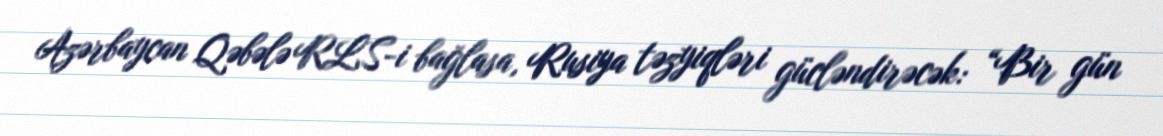
Azərbaycan Qəbələ RLS-i bağlasa, Rusiya təzyiqləri gücləndirəcək: “Bir gün